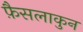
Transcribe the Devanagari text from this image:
फ़ैसलाकुन